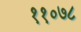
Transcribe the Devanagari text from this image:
११०७८